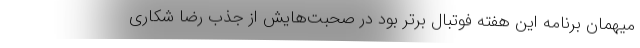
میهمان برنامه این هفته فوتبال برتر بود در صحبت‌هایش از جذب رضا شکاری